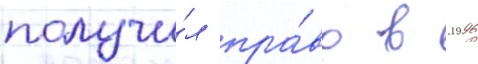
получи́л пра́во в 1996